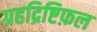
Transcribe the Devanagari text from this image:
ग्रहद्रिष्टिफ़ल